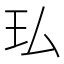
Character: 㺨